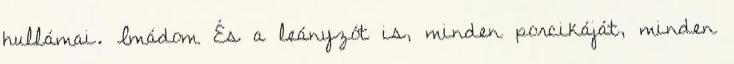
hullámai. Imádom És a leányzót is, minden porcikáját, minden